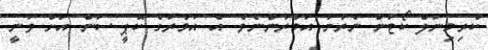
ކްރިމިނަލް ކޯޓުން ނެރުނު އަމުރުންނެވެ. އެ އަމުރުގެ ކޮޕީ ސަން އަށް ވަނީ